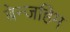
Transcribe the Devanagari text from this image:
बेन्जहिम